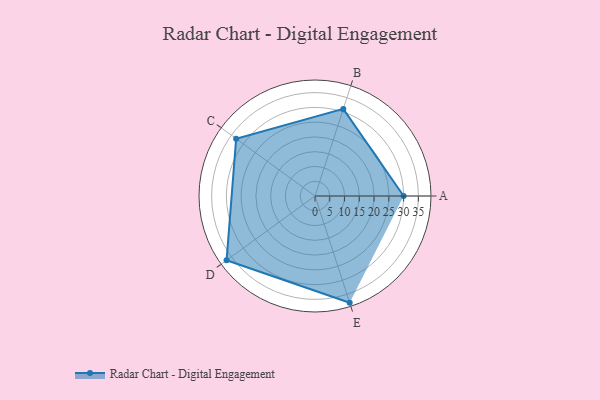
{"axis": {"x": "Skill", "y": "Score"}, "legend": ["Profile"], "data": [{"x": "A", "y": 30.0, "type": "Profile"}, {"x": "B", "y": 31.0, "type": "Profile"}, {"x": "C", "y": 33.0, "type": "Profile"}, {"x": "D", "y": 37.0, "type": "Profile"}, {"x": "E", "y": 38.0, "type": "Profile"}]}